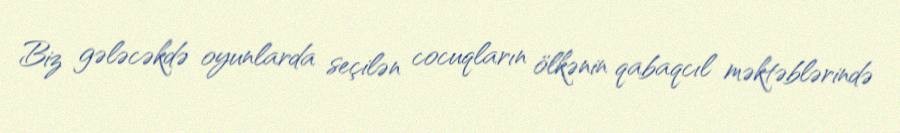
Biz gələcəkdə oyunlarda seçilən cocuqların ölkənin qabaqcıl məktəblərində